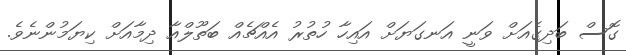
ގޮސް ބަދިގެއަށް ވަނީ އަނގަޔަށް އައިހާ ހުތުރު އެއްޗެއް ބަތޫލްއާ ދިމާއަށް ކިޔަމުންނެވެ.